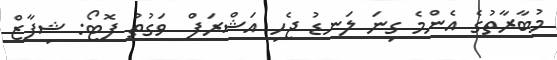
މުބާރާތުގެ އެންމެ ގިނަ ލަނޑު ޖެހި އަޝްރަފް  ވަގުތު ފޮޓޯ: ޝިފާޒް